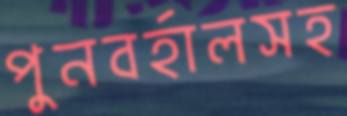
পুনবর্হালসহ